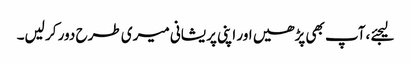
لیجئے ،آپ بھی پڑھیں اور اپنی پریشانی میری طرح دور کر لیں۔